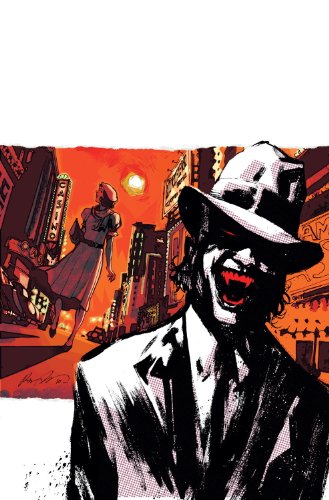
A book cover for American Vampire Vol. 2; Scott Snyder; Comics & Graphic Novels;